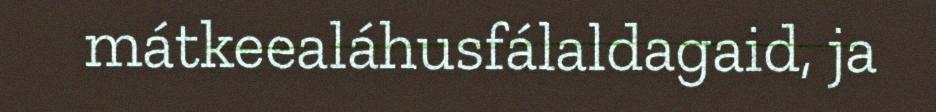
mátkeealáhusfálaldagaid, ja